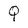
Character: Q